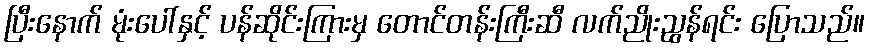
ပြီးနောက် မုံးပေါ်နှင့် ပန်ဆိုင်းကြားမှ တောင်တန်းကြီးဆီ လက်ညိုးညွန်ရင်း ပြောသည်။